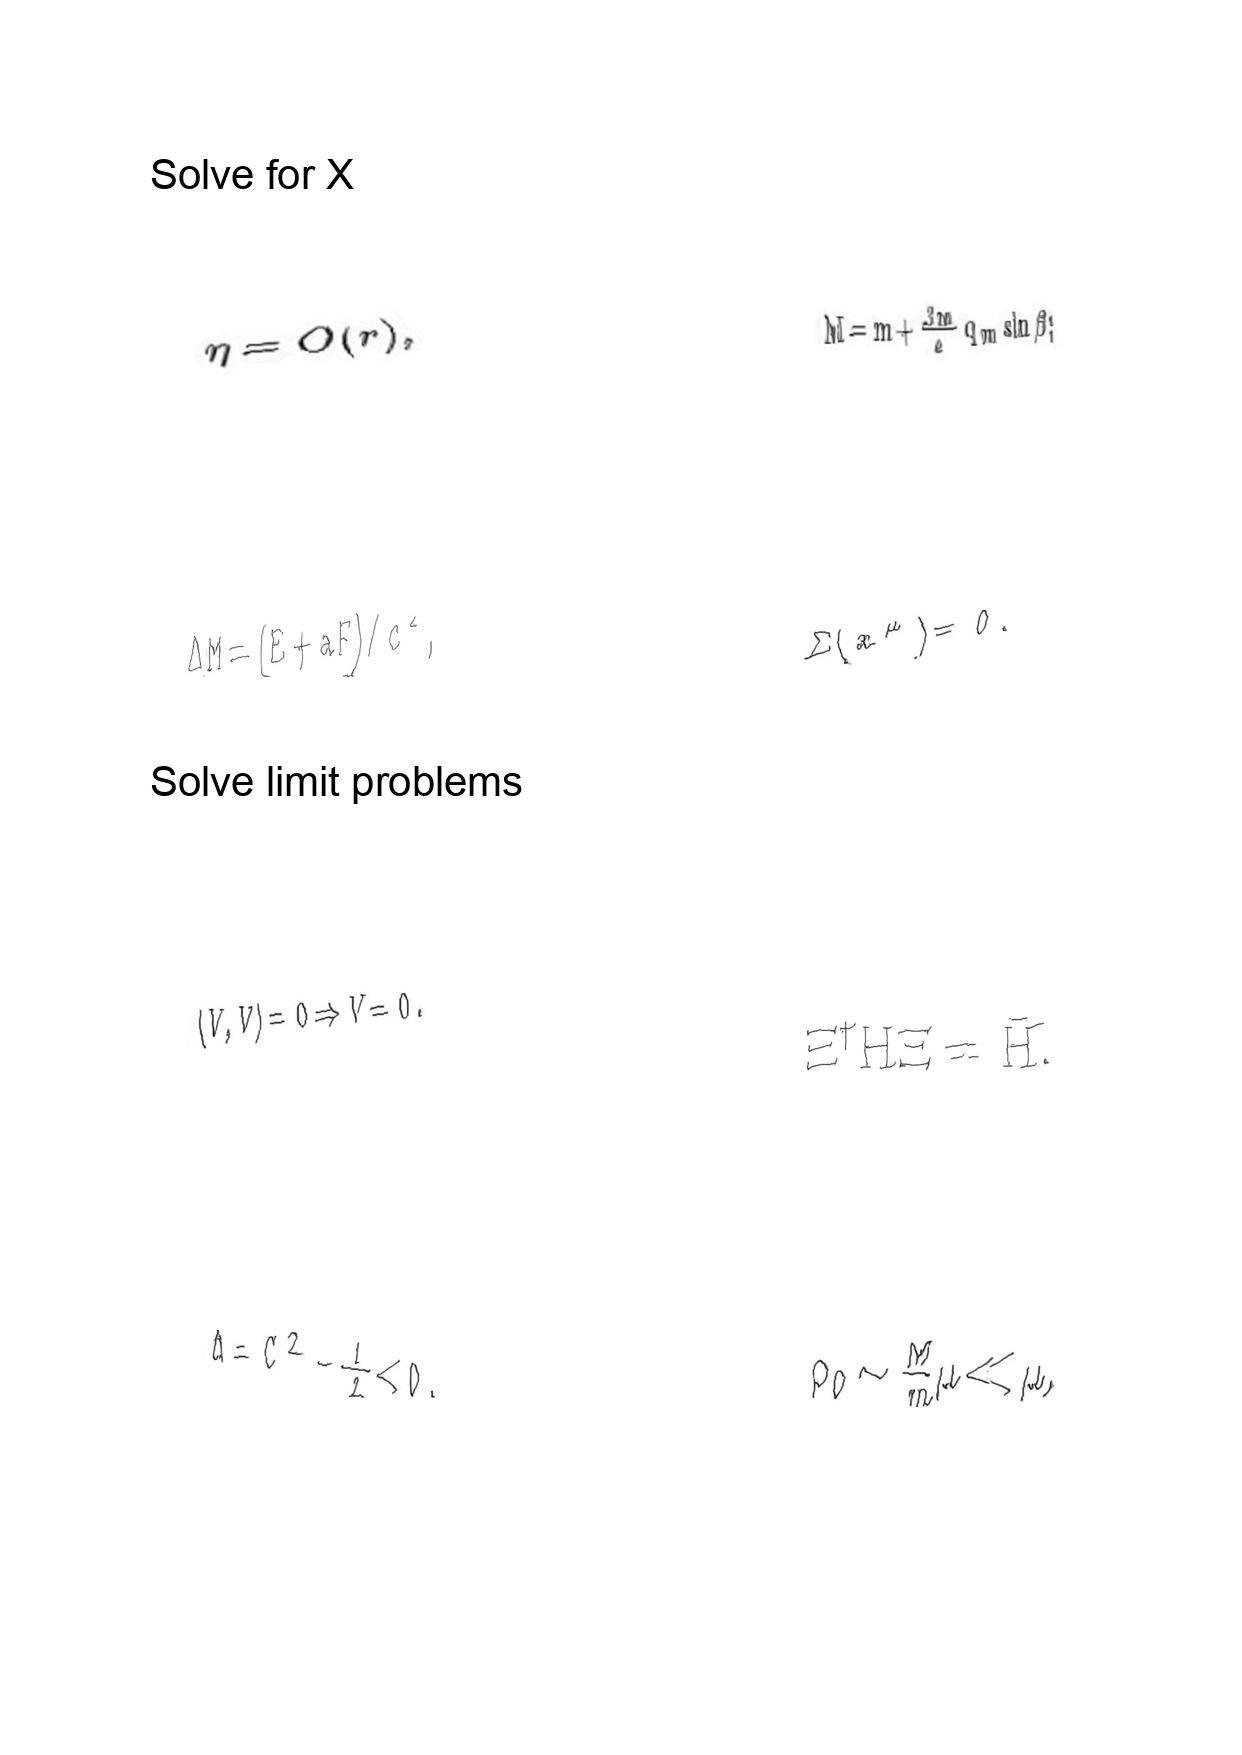
LaTeX transcription:
\eta = O \lparen r \rparen ,
\Delta M = \lparen E + a F \rparen / c ^ { 2 } ,
\langle V , V \rangle = 0 \Rightarrow V = 0 .
\Delta = C ^ { 2 } - \frac { 1 } { 2 } \lt 0 .
M = m + \frac { 3 m } { e } q _ { m } \sin \beta ;
\Sigma \lparen x ^ { \mu } \rparen = 0 .
\Xi ^ { \dagger } H \Xi = \bar { H } .
\rho _ { 0 } \sim \frac { M } { m } \mu \ll \mu .